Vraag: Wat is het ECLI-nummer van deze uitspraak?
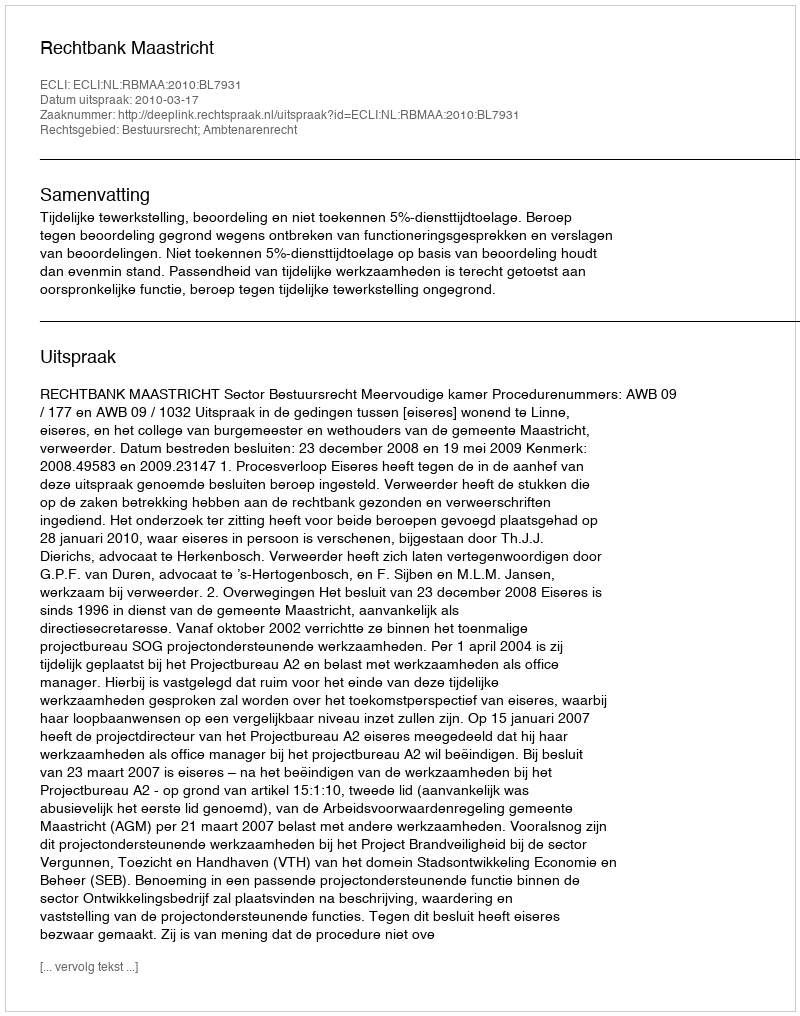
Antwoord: ECLI:NL:RBMAA:2010:BL7931